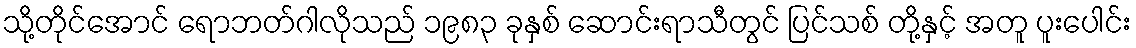
သို့တိုင်အောင် ရောဘတ်ဂါလိုသည် ၁၉၈၃ ခုနှစ် ဆောင်းရာသီတွင် ပြင်သစ် တို့နှင့် အတူ ပူးပေါင်း